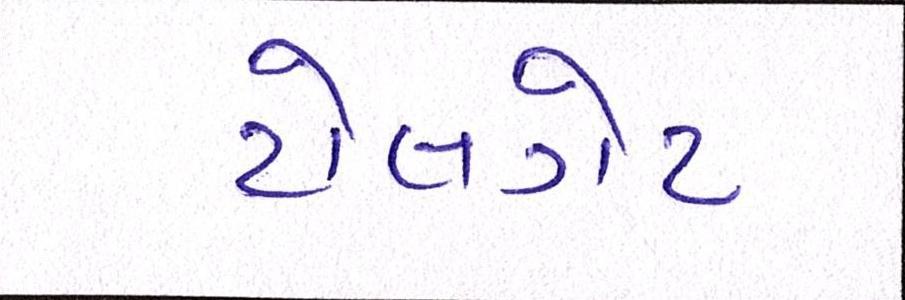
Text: ટોલગેટ